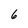
Character: 6